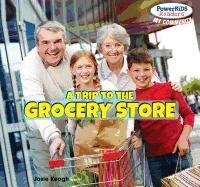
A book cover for A Trip to the Grocery Store (Powerkids Readers: My Community); Josie Keogh; Business & Money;